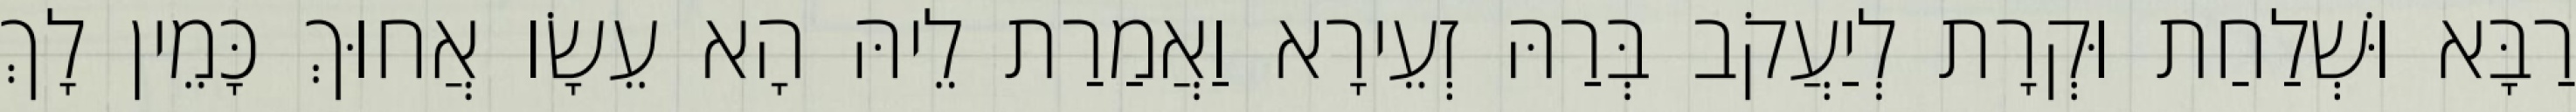
רַבָּא וּשְׁלַחַת וּקְרָת לְיַעֲקֹב בְּרַהּ זְעֵירָא וַאֲמַרַת לֵיהּ הָא עֵשָׂו אֲחוּךְ כָּמֵין לָךְ